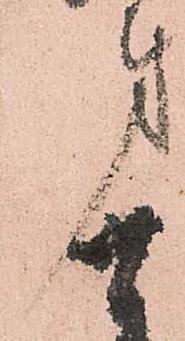
第